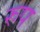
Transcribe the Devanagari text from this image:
रुप